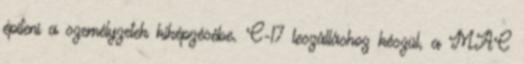
építeni a személyzetek kiképzésébe. C-17 leszálláshoz készül, a MAC